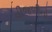
વીજળીનો